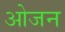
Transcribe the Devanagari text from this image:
ओजन